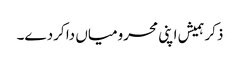
ذکر ہمیش اپنی محرومیاں دا کردے۔